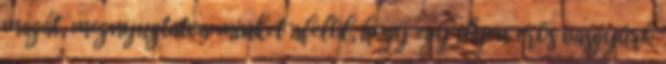
magát, megnyugtatva minket afelõl, hogy egy ilyen erõs vasgyúró